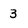
Character: 3